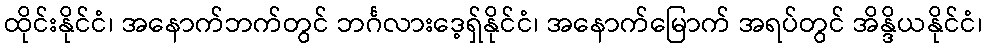
ထိုင်းနိုင်ငံ၊ အနောက်ဘက်တွင် ဘင်္ဂလားဒေ့ရှ်နိုင်ငံ၊ အနောက်မြောက် အရပ်တွင် အိန္ဒိယနိုင်ငံ၊